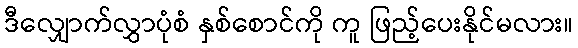
ဒီလျှောက်လွှာပုံစံ နှစ်စောင်ကို ကူ ဖြည့်ပေးနိုင်မလား။